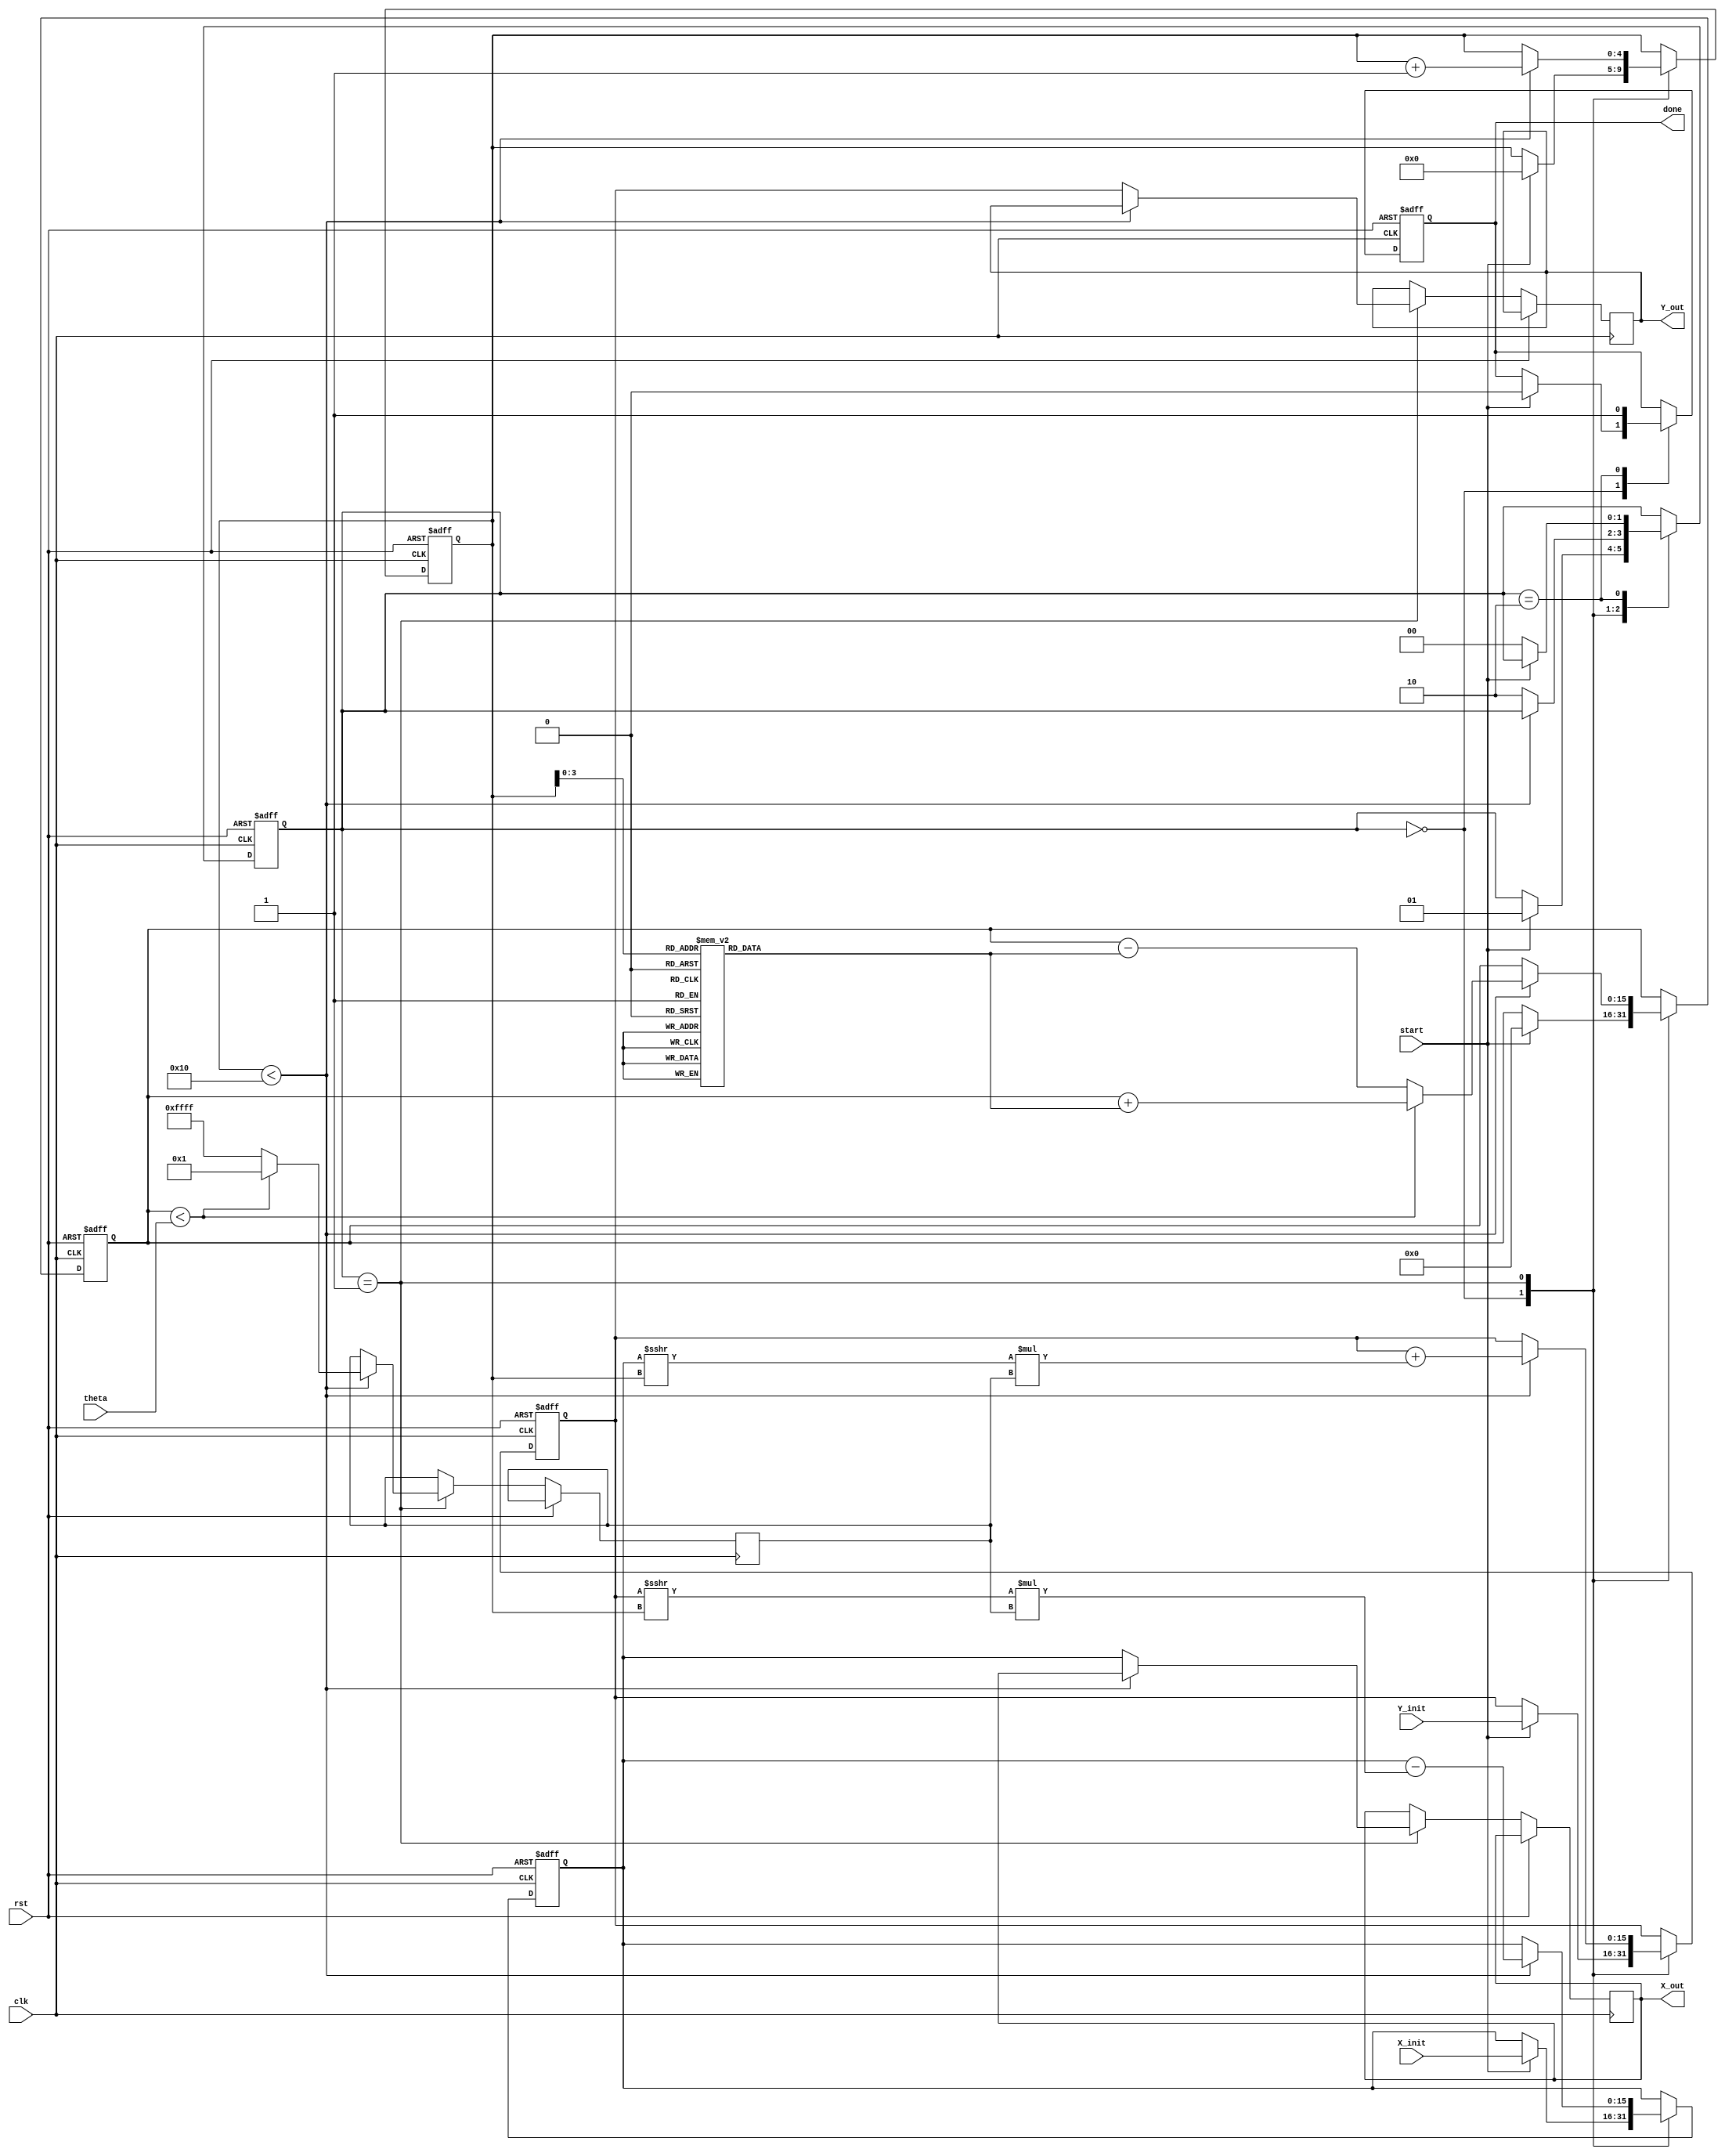
module cordic_fixed_point #(
    parameter N = 16, // Total bits for fixed-point representation
    parameter ITERATIONS = 16 // Number of iterations for precision
)(
    input wire clk,
    input wire rst,
    input wire start,
    input wire signed [N-1:0] theta, // Input angle in fixed-point
    input wire signed [N-1:0] X_init, // Initial X coordinate
    input wire signed [N-1:0] Y_init, // Initial Y coordinate
    output reg signed [N-1:0] X_out, // Output X coordinate
    output reg signed [N-1:0] Y_out, // Output Y coordinate
    output reg done // Indicates completion of computation
);

    // Internal signals
    reg signed [N-1:0] X, Y;
    reg signed [N-1:0] angle_table [0:ITERATIONS-1];
    reg [4:0] i; // Iteration counter
    reg signed [N-1:0] theta_accum; // Accumulated angle
    reg signed [N-1:0] d; // Direction variable
    reg [1:0] state; // FSM state
    localparam IDLE = 2'b00, RUN = 2'b01, DONE = 2'b10;

    // Initialize angle table for CORDIC (arctan(2^-i))
    initial begin
        angle_table[0] = 16'h26B2; // atan(2^0) in fixed-point
        angle_table[1] = 16'h1DAC; // atan(2^-1)
        angle_table[2] = 16'h0FAD; // atan(2^-2)
        angle_table[3] = 16'h07F5; // atan(2^-3)
        angle_table[4] = 16'h03FE; // atan(2^-4)
        angle_table[5] = 16'h01FF; // atan(2^-5)
        angle_table[6] = 16'h00FF; // atan(2^-6)
        angle_table[7] = 16'h007F; // atan(2^-7)
        angle_table[8] = 16'h003F; // atan(2^-8)
        angle_table[9] = 16'h001F; // atan(2^-9)
        angle_table[10] = 16'h000F; // atan(2^-10)
        angle_table[11] = 16'h0007; // atan(2^-11)
        angle_table[12] = 16'h0003; // atan(2^-12)
        angle_table[13] = 16'h0001; // atan(2^-13)
        angle_table[14] = 16'h0000; // atan(2^-14)
        angle_table[15] = 16'h0000; // atan(2^-15)
    end

    // FSM for CORDIC operation
    always @(posedge clk or posedge rst) begin
        if (rst) begin
            state <= IDLE;
            done <= 0;
            i <= 0;
            X <= 0;
            Y <= 0;
            theta_accum <= 0;
        end else begin
            case (state)
                IDLE: begin
                    if (start) begin
                        X <= X_init;
                        Y <= Y_init;
                        theta_accum <= 0;
                        i <= 0;
                        state <= RUN;
                        done <= 0;
                    end
                end
                RUN: begin
                    if (i < ITERATIONS) begin
                        // Determine direction
                        if (theta_accum < theta) begin
                            d <= 1; // Counter-clockwise
                            theta_accum <= theta_accum + angle_table[i];
                        end else begin
                            d <= -1; // Clockwise
                            theta_accum <= theta_accum - angle_table[i];
                        end

                        // Update coordinates
                        X <= X - (Y >>> i) * d;
                        Y <= Y + (X >>> i) * d;

                        // Increment iteration counter
                        i <= i + 1;
                    end else begin
                        // Final output assignment
                        X_out <= X;
                        Y_out <= Y;
                        state <= DONE;
                    end
                end
                DONE: begin
                    done <= 1; // Indicate completion
                    if (!start) begin
                        state <= IDLE; // Reset state on start signal low
                    end
                end
            endcase
        end
    end
endmodule